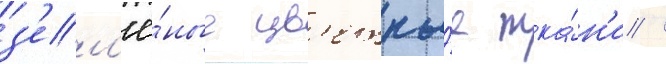
з'ел'ё́ные цв'етны́е тка́н'и /